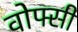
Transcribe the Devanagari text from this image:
वोफ्सी